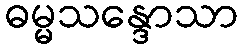
ဓမ္မသန္ဒောသာ